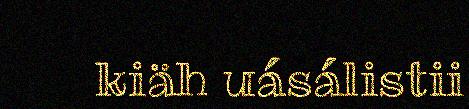
kiäh uásálistii